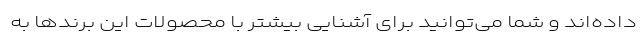
داده‌اند و شما می‌توانید برای آشنایی بیشتر با محصولات این برندها به